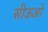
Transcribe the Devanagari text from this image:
सीऊओ